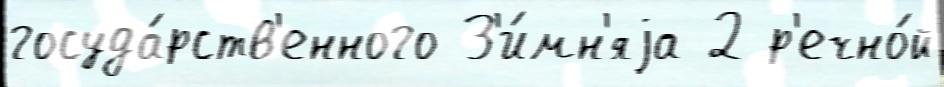
госуда́рств'енного З'и́мн'яjа 2 р'ечно́й